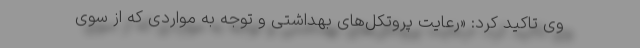
وی تاکید کرد: «رعایت پروتکل‌های بهداشتی و توجه به مواردی که از سوی